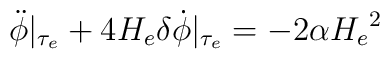
\ddot \phi\vert_{\tau_e}+4 H_e\delta\dot\phi\vert_{\tau_e}=-2\alpha {H_e}^2